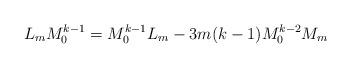
LaTeX: \begin{align*}L_mM^{k-1}_0=M^{k-1}_0L_m-3m(k-1)M^{k-2}_0M_m\end{align*}